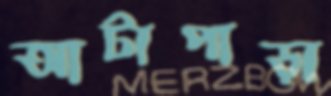
আটাপাড়া